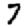
Digit: 7